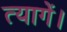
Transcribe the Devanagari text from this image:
त्यागें।